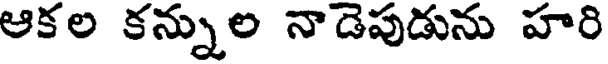
ఆకల కన్నుల నాడెపుడును హరి